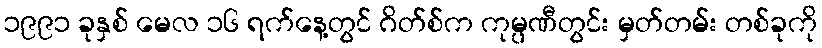
၁၉၉၁ ခုနှစ် မေလ ၁၆ ရက်နေ့တွင် ဂိတ်စ်က ကုမ္ပဏီတွင်း မှတ်တမ်း တစ်ခုကို